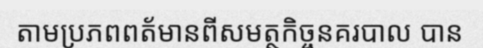
តាមប្រភពពត័មានពីសមត្ថកិច្ចនគរបាល បាន